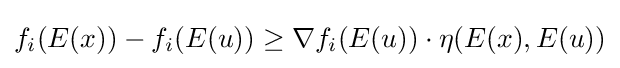
f_{i}(E(x))-f_{i}(E(u))\geq \nabla f_{i}(E(u))\cdot \eta (E(x),E(u))